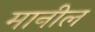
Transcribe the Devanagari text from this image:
मानील